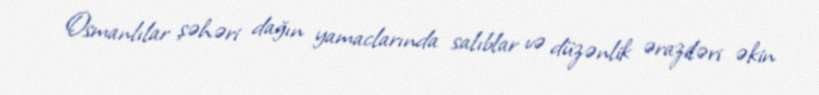
Osmanlılar şəhəri dağın yamaclarında salıblar və düzənlik əraziləri əkin